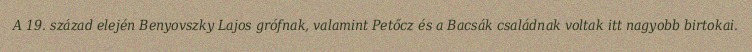
A 19. század elején Benyovszky Lajos grófnak, valamint Petőcz és a Bacsák családnak voltak itt nagyobb birtokai.